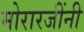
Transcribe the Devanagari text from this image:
मोरारजींनी